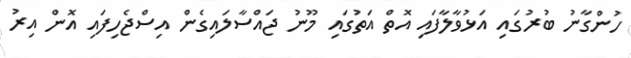
ހުންގާނު ބުރުގައި އަޅުވާލާފައި އޮތް އަތުގައި މޫނު ޖައްސާލައިގެން އިސްޖެހިފައި އޮން އިރު